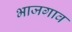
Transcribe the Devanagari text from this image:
भाजगाव